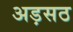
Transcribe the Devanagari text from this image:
अड़सठ